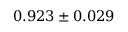
0 . 9 2 3 \pm 0 . 0 2 9